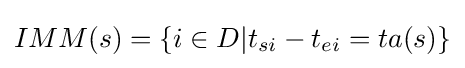
IMM(s)=\{i\in D|t_{si}-t_{ei}=ta(s)\}